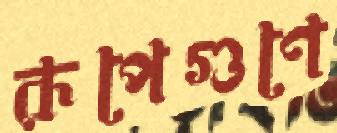
রূপেগুণে